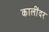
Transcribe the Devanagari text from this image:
कालींदर